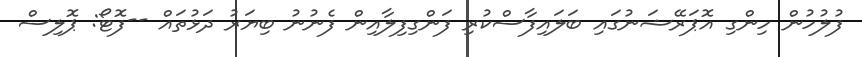
ފުލުހުން ހިންގި އޮޕަރޭޝަނުގައި ބަލައިފާސްކުރި ފަންގިފިލާއިން ފެނުނު ބިޔަރު ދަޅުތައް --ފޮޓޯ: ޕޮލިސް